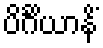
ပိင်္ဂိယာနိံ